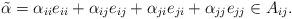
LaTeX: \begin{align*} \tilde\alpha=\alpha_{ii}e_{ii}+\alpha_{ij}e_{ij}+\alpha_{ji}e_{ji}+\alpha_{jj}e_{jj}\in A_{ij}. \end{align*}